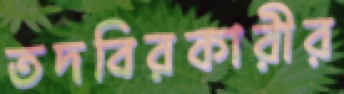
তদবিরকারীর